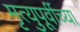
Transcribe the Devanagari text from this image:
मृत्युपूर्वीच्या